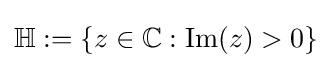
\mathbb {H} :=\{z\in \mathbb {C} :\operatorname {Im} (z)>0\}